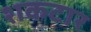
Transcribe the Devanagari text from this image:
शकटार